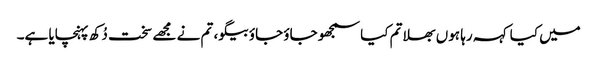
میں کیا کہہ رہا ہوں بھلا تم کیا سمجھو جاؤ جاؤ بیگو، تم نے مجھے سخت دُکھ پہنچایا ہے۔